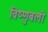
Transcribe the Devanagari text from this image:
विष्णुबली